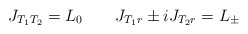
\begin{align*}J_{T_1 T_2} =L_0 \qquad J_{T_1 r }\pm i J_{T_2 r } = L_{\pm}\end{align*}